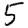
Digit: 5